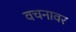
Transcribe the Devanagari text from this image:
वचनावर